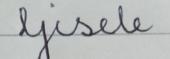
Signature authenticity: forged